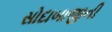
સોદાબાજીની